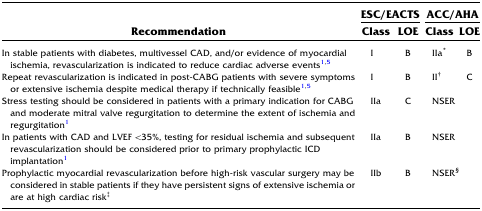
<table><thead><tr><td rowspan="2"><b>Recommendation</b></td><td colspan="2"><b>ESC/EACTS</b></td><td colspan="2"><b>ACC/AHA</b></td></tr><tr><td><b>Class</b></td><td><b>LOE</b></td><td><b>Class</b></td><td><b>LOE</b></td></tr></thead><tbody><tr><td>In stable patients with diabetes, multivessel CAD, and/or evidence of myocardial ischemia, revascularization is indicated to reduce cardiac adverse events1,5</td><td>I</td><td>B</td><td>IIa<sup>*</sup></td><td>B</td></tr><tr><td>Repeat revascularization is indicated in post-CABG patients with severe symptoms or extensive ischemia despite medical therapy if technically feasible1,5</td><td>I</td><td>B</td><td>II<sup>†</sup></td><td>C</td></tr><tr><td>Stress testing should be considered in patients with a primary indication for CABG and moderate mitral valve regurgitation to determine the extent of ischemia and regurgitation1</td><td>IIa</td><td>C</td><td colspan="2">NSER</td></tr><tr><td>In patients with CAD and LVEF &lt;35%, testing for residual ischemia and subsequent revascularization should be considered prior to primary prophylactic ICD implantation1</td><td>IIa</td><td>B</td><td colspan="2">NSER</td></tr><tr><td>Prophylactic myocardial revascularization before high-risk vascular surgery may be considered in stable patients if they have persistent signs of extensive ischemia or are at high cardiac risk<sup>‡</sup></td><td>IIb</td><td>B</td><td colspan="2">NSER<sup>§</sup></td></tr></tbody></table>